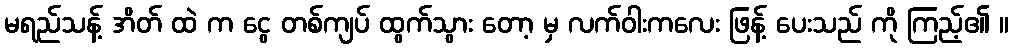
မရည်သန့် အိတ် ထဲ က ငွေ တစ်ကျပ် ထွက်သွား တော့ မှ လက်ဝါးကလေး ဖြန့် ပေးသည် ကို ကြည့်၏ ။